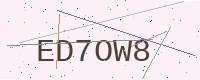
Text: ED7OW8